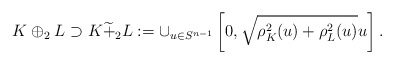
\begin{align*}K\oplus_2L\supset K \widetilde{+}_2L:=\cup_{u\in S^{n-1}}\left[0,\sqrt{\rho_K^2(u)+\rho_L^2(u)}u\right].\end{align*}